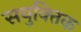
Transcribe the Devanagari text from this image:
सयुक्‍तिक